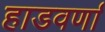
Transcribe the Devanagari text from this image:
हाडवर्णा